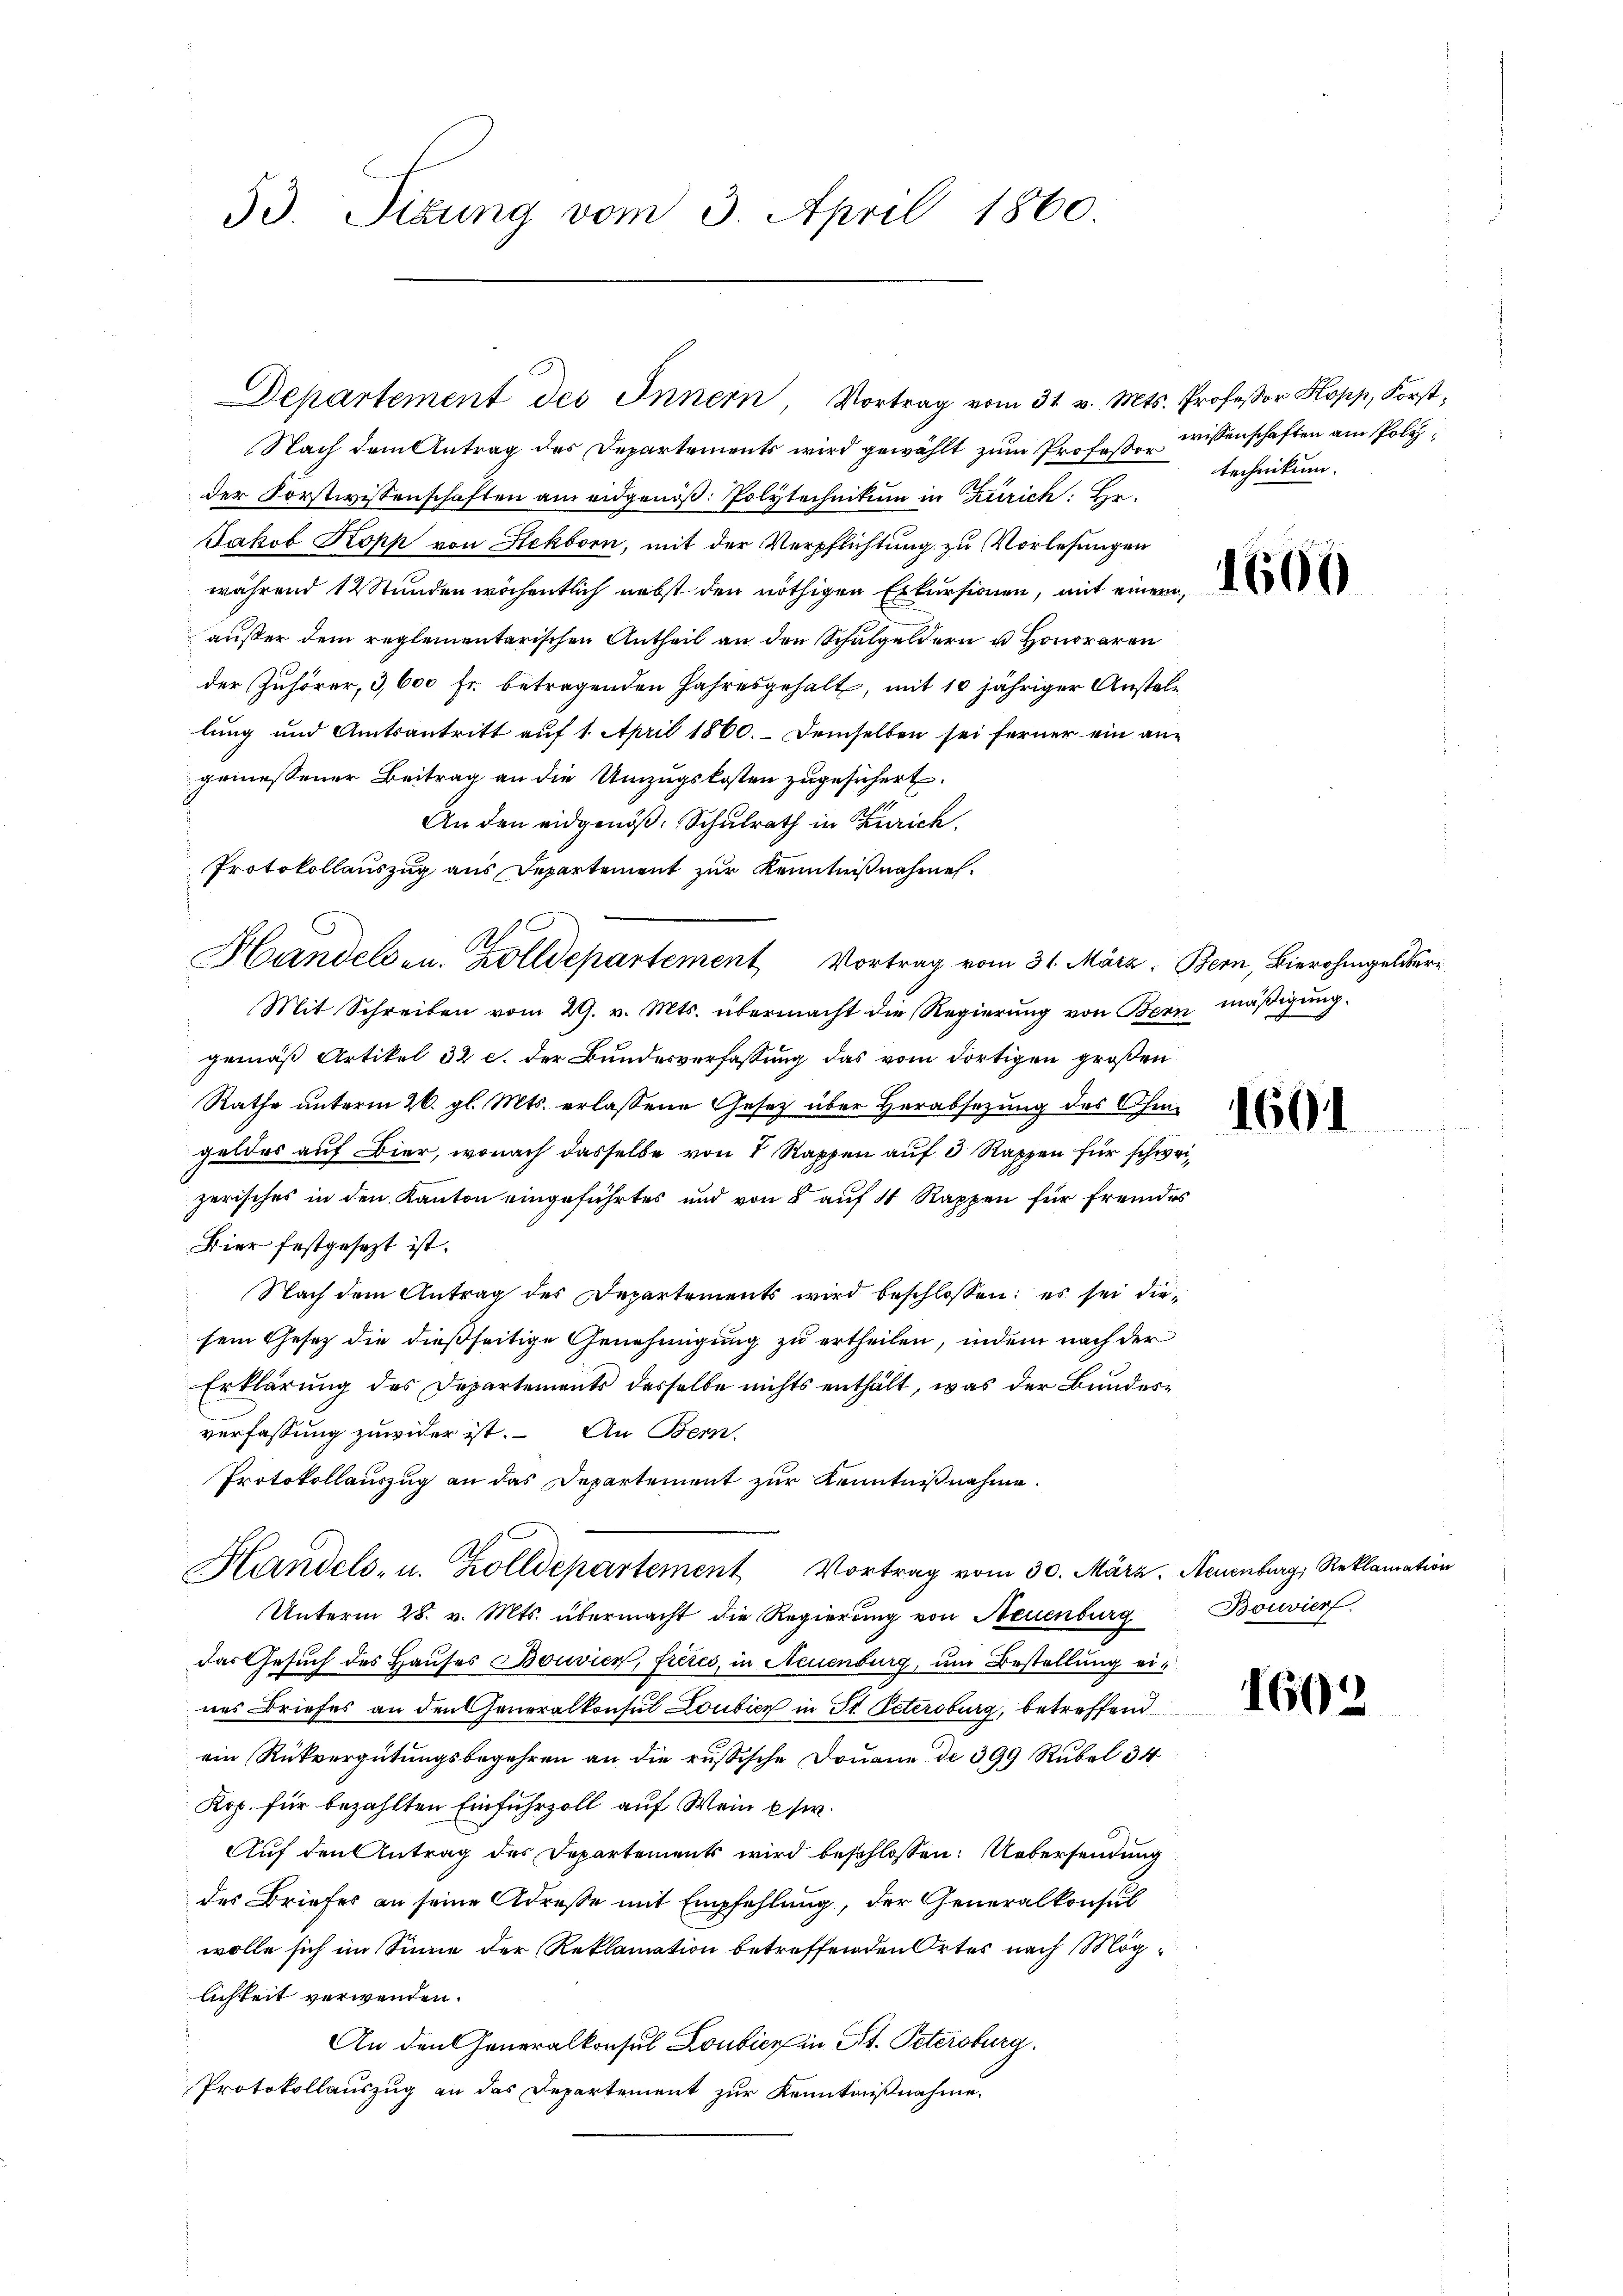
53. Sizung vom 3. April 1860.

Departement des Innern, Vortrag vom 31. v. Mts. Professor Kopp, Forst¬

Nach dem Antrag des Departements wird gewählt zum Professor
der Forstwissenschaften am eidgenöß: Polytechnikum in Zürich: Hr.
Jakob Kopp von Hekborn, mit der Verpflichtung zu Vorlesungen
während 12 Stunden wöchentlich nebst den nöthigen Erkursionen, mit einem
außer dem reglementarischen Antheil an den Schulgeldern u. Honoraren
der Zuhörer, 3,600 fr. betragenden Jahresgehalt, mit 10 jähriger Anstellung und Amtsantritt auf 1. April 1860. Demselben sei ferner ein angemessener Beitrag an die Umzugskosten zugesichert.
An den eidgenöß: Schulrath in Zürich
Protokollauszug aus Departement zur Kenntnißnahmen.
Handelsen. Zolldepartement Vortrag vom 31. März, Bern, Bierohmgelder¬
Mit Schreiben vom 29. v. Mts. übermacht die Regierung von Bern mäßigung.
gemäß Artikel 32 c. der Bundesverfassung, das vom dortigen großen
Rathe unterm 26. gl. Mts. erlassene Gesetz über Herabsetzung des Ohmgeldes auf Bier, wonach dasselbe von 8 Rappen auf 3 Rappen für schweizerisches in den Kanton eingeführtes und von 8 auf 4 Rappen für fremdes
Bier festgesezt ist.
Nach dem Antrag des Departements wird beschlossen: es sei diesem Gesez die dießseitige Genehmigung zu ertheilen, indem nach der
Erklärung des Departements desselbe nichts enthält, was der Bundesverfassung zuwider ist. An Bern.
Protokollauszug an das Departement zur Kenntnißnahme.
Handels- u. Zolldepartement Vortrag vom 30. März. Neuenburg, Reklamation
Unterm 28. v. Mts. übermacht die Regierung von Neuenburg
das Gesuch des Hauses Bouvien, frères, in Neuenburg, um Bestellung eines Briefes an den Generalkonsul Loubicz in St. Petersburg, betreffend
ein Rückvergütungsbegehren an die russische Douane de 399 Rubel 34
Rop. für bezahlten Einfuhrzoll auf Wein usw.
Auf den Antrag des Departement wird beschlossen: Uebersendung
des Briefes an seine Adresse mit Empfehlung, der Generalkonsul
wolle sich im Sinne der Reklamation betreffenden Ortes nach Möglichkeit verwenden.
An den Generalkonsul Loubicz in St. Petersburg.
Protokollauszug an das Departement zur Kenntnißnahme.

wissenschaften ain Polztechnikum.

1601

Bouvierf

1602